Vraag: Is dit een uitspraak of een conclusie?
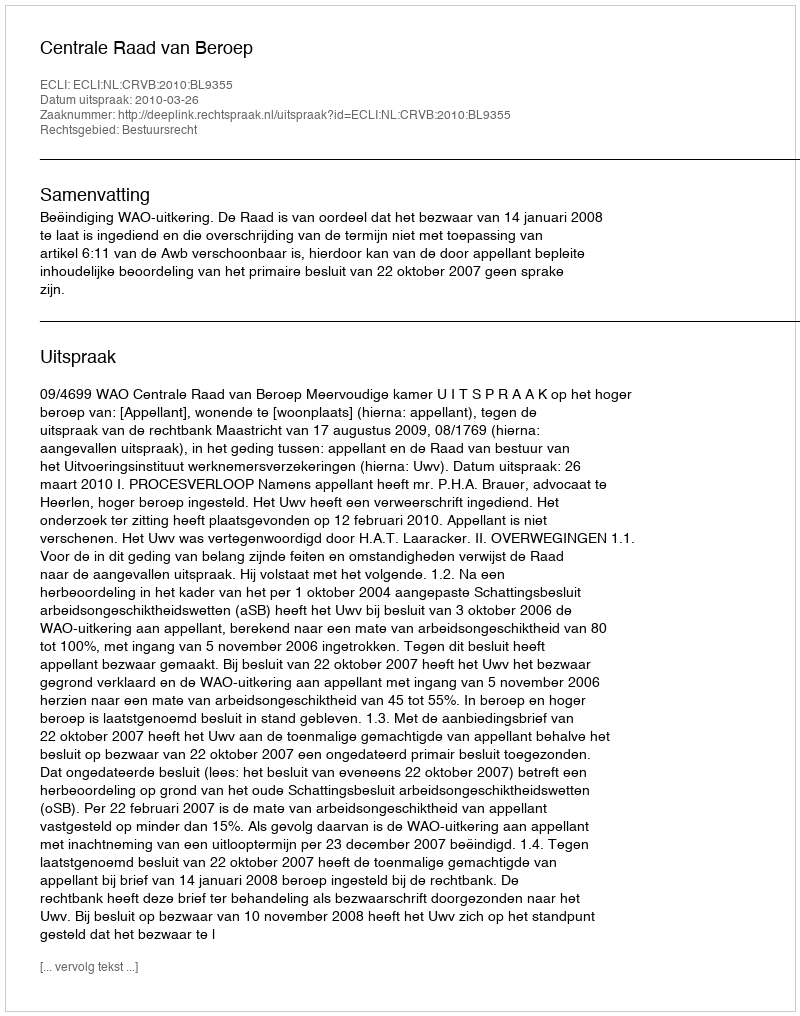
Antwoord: Uitspraak